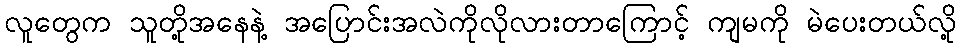
လူတွေက သူတို့အနေနဲ့ အပြောင်းအလဲကိုလိုလားတာကြောင့် ကျမကို မဲပေးတယ်လို့